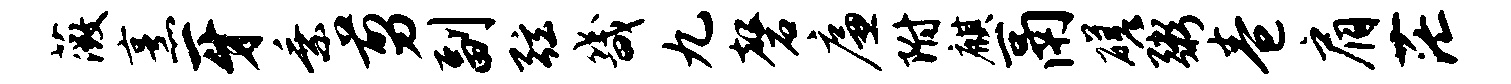
薇烹牙乘剪副弦畿九磬廉附麒鬲磋粥卷肩茫